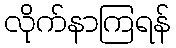
လိုက်နာကြရန်